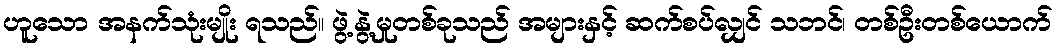
ဟူသော အနက်သုံးမျိုး ရသည်။ ဖွဲ့နွဲ့မှုတစ်ခုသည် အများနှင့် ဆက်စပ်လျှင် သဘင်၊ တစ်ဦးတစ်ယောက်